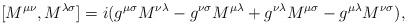
LaTeX: \begin{align*}\lbrack M^{\mu \nu } , M^{\lambda \sigma } \rbrack = i(g^{\mu\sigma } M^{\nu \lambda }-g^{\nu \sigma }M^{\mu \lambda }+g^{\nu\lambda } M^{\mu \sigma }-g^{\mu \lambda }M^{\nu \sigma }),\end{align*}